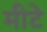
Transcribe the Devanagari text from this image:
मीटे